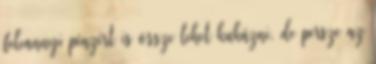
feleannyi pénzért is össze lehet kukázni, de persze az